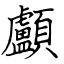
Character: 顱